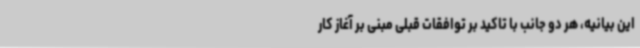
این بیانیه، هر دو جانب با تاکید بر توافقات قبلی مبنی بر آغاز کار